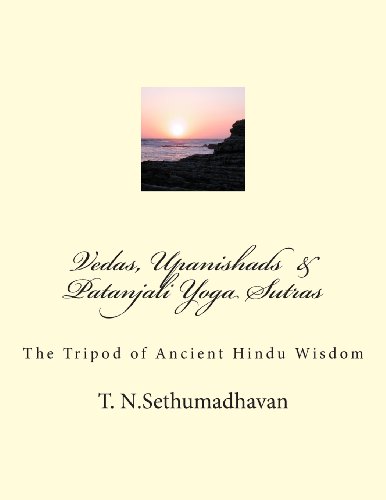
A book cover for Vedas, Upanishads  &  Patanjali Yoga Sutras: The Tripod of Ancient Hindu Wisdom; Mr. T. N. Sethumadhavan; Religion & Spirituality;